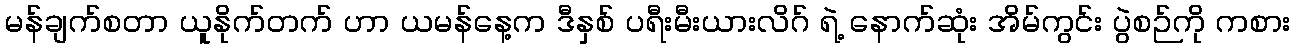
မန်ချက်စတာ ယူနိုက်တက် ဟာ ယမန်နေ့က ဒီနှစ် ပရီးမီးယားလိဂ် ရဲ့ နောက်ဆုံး အိမ်ကွင်း ပွဲစဉ်ကို ကစား